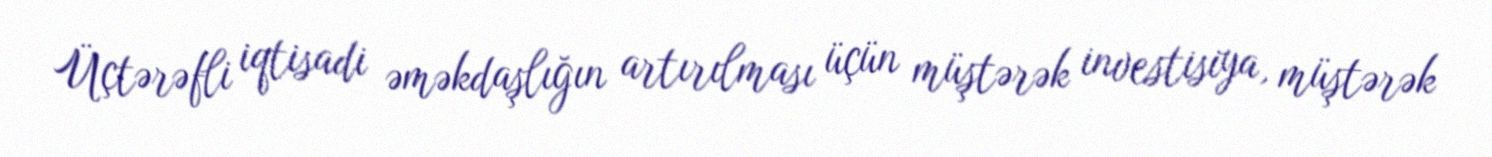
Üçtərəfli iqtisadi əməkdaşlığın artırılması üçün müştərək investisiya, müştərək